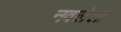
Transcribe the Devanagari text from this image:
नवलेला